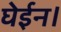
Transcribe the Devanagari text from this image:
घेईन।